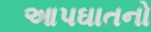
આપઘાતનો